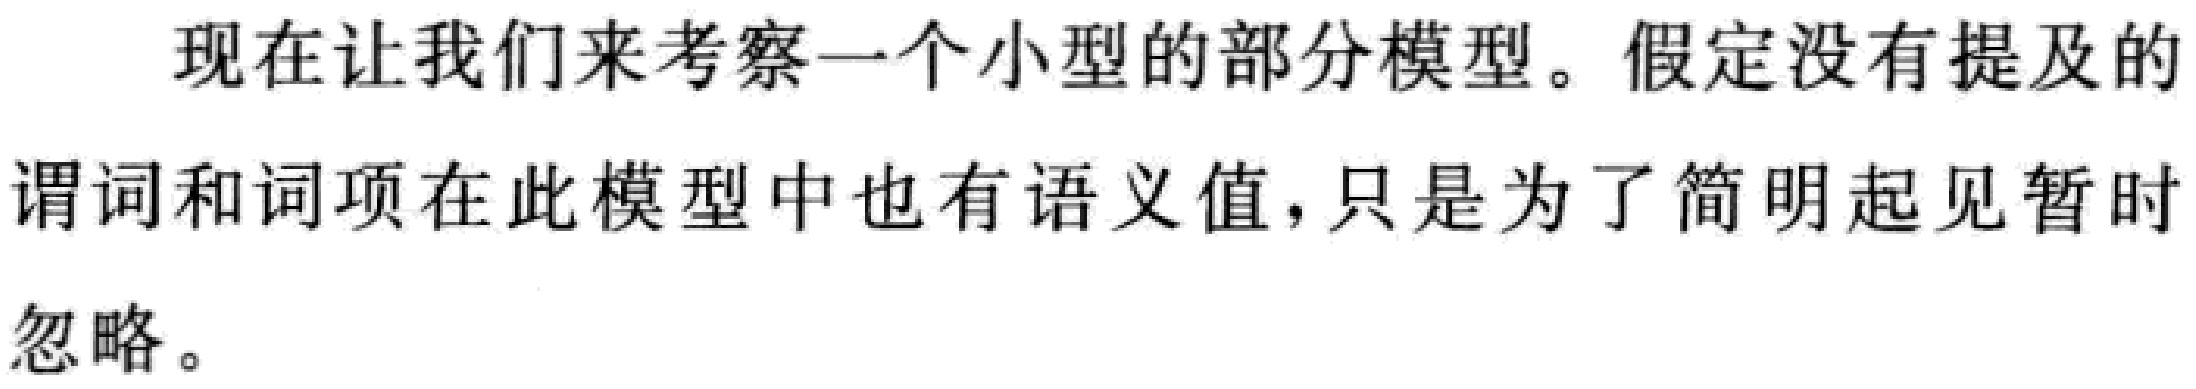
现在让我们来考察一个小型的部分模型。假定没有提及的谓词和词项在此模型中也有语义值，只是为了简明起见暂时忽略。